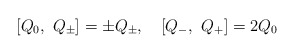
\begin{align*}[Q_0,\ Q_{\pm}]=\pm Q_{\pm},\quad [Q_-,\ Q_+]=2Q_0\end{align*}